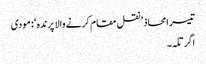
تیسرا محاذ ’ نقل مقام کرنے والا پرندہ ‘ : مودی
اگرتلہ ۔